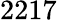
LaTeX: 2217